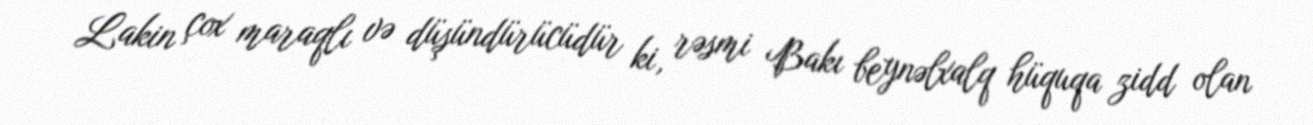
Lakin çox maraqlı və düşündürücüdür ki, rəsmi Bakı beynəlxalq hüquqa zidd olan